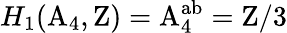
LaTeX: H_{1}(\mathrm{A}_{4},\mathrm{Z})=\mathrm{A}_{4}^{\mathrm{ab}}=\mathrm{Z}/3